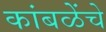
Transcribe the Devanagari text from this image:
कांबळेेंचे